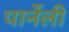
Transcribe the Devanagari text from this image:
पार्नेली